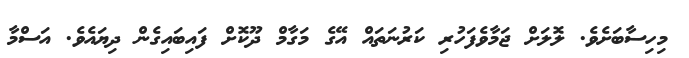
މިހިސާބަށެވެ. ލޮލަށް ޖަމާވެފަހުރި ކަރުނަތައް އޭގެ މަގާމް ދޫކޮށް ފައިބައިގެން ދިޔައެވެ. އަސްމާ